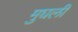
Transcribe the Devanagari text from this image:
मुघली